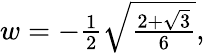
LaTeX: \begin{array}{r}{w=-\frac{1}{2}\sqrt{\frac{2+\sqrt{3}}{6}},}\end{array}